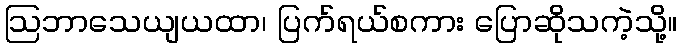
ဩဘာသေယျယထာ၊ ပြက်ရယ်စကား ပြောဆိုသကဲ့သို့။